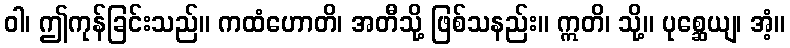
ဝါ၊ ဤကုန်ခြင်းသည်။ ကထံဟောတိ၊ အတီသို့ ဖြစ်သနည်း။ ဣတိ၊ သို့။ ပုစ္ဆေယျ၊ အံ့။